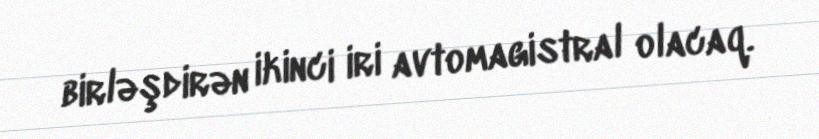
birləşdirən ikinci iri avtomagistral olacaq.